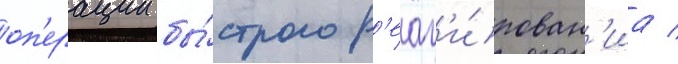
оп'ерации бы́строго р'еаг'и́рован'иа /